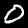
Label: 0